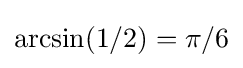
\arcsin(1/{2})=\pi /6